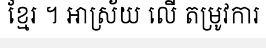
ខ្មែរ ។ អាស្រ័យ លើ តម្រូវការ